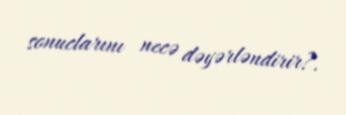
sonuclarını necə dəyərləndirir?.